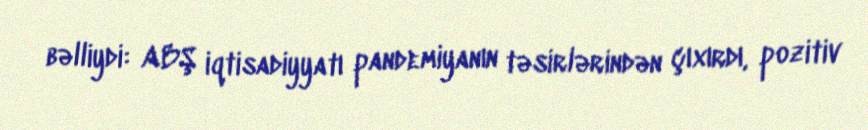
bəlliydi: ABŞ iqtisadiyyatı pandemiyanın təsirlərindən çıxırdı, pozitiv